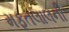
મફતલાલની